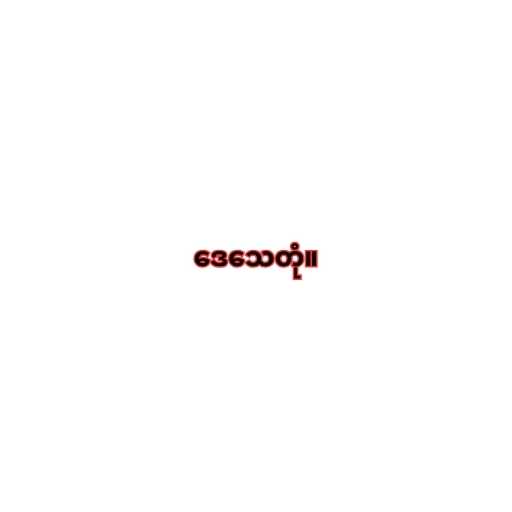
ဒေသေတုံ။